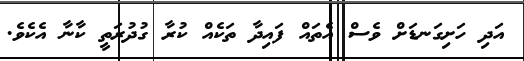
އަދި ހަށިގަނޑަށް ވެސް އެތައް ފައިދާ ތަކެއް ކުރާ ގުދުރަތީ ކާނާ އެކެވެ.